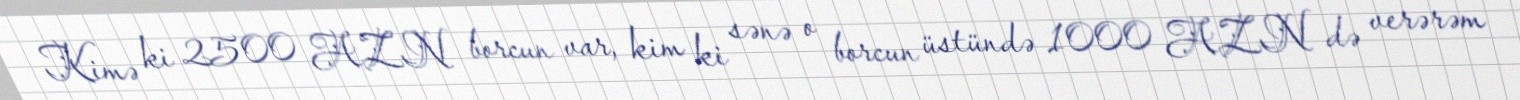
Kimə ki 2500 AZN borcun var, kim ki sənə o borcun üstündə 1000 AZN də verərəm